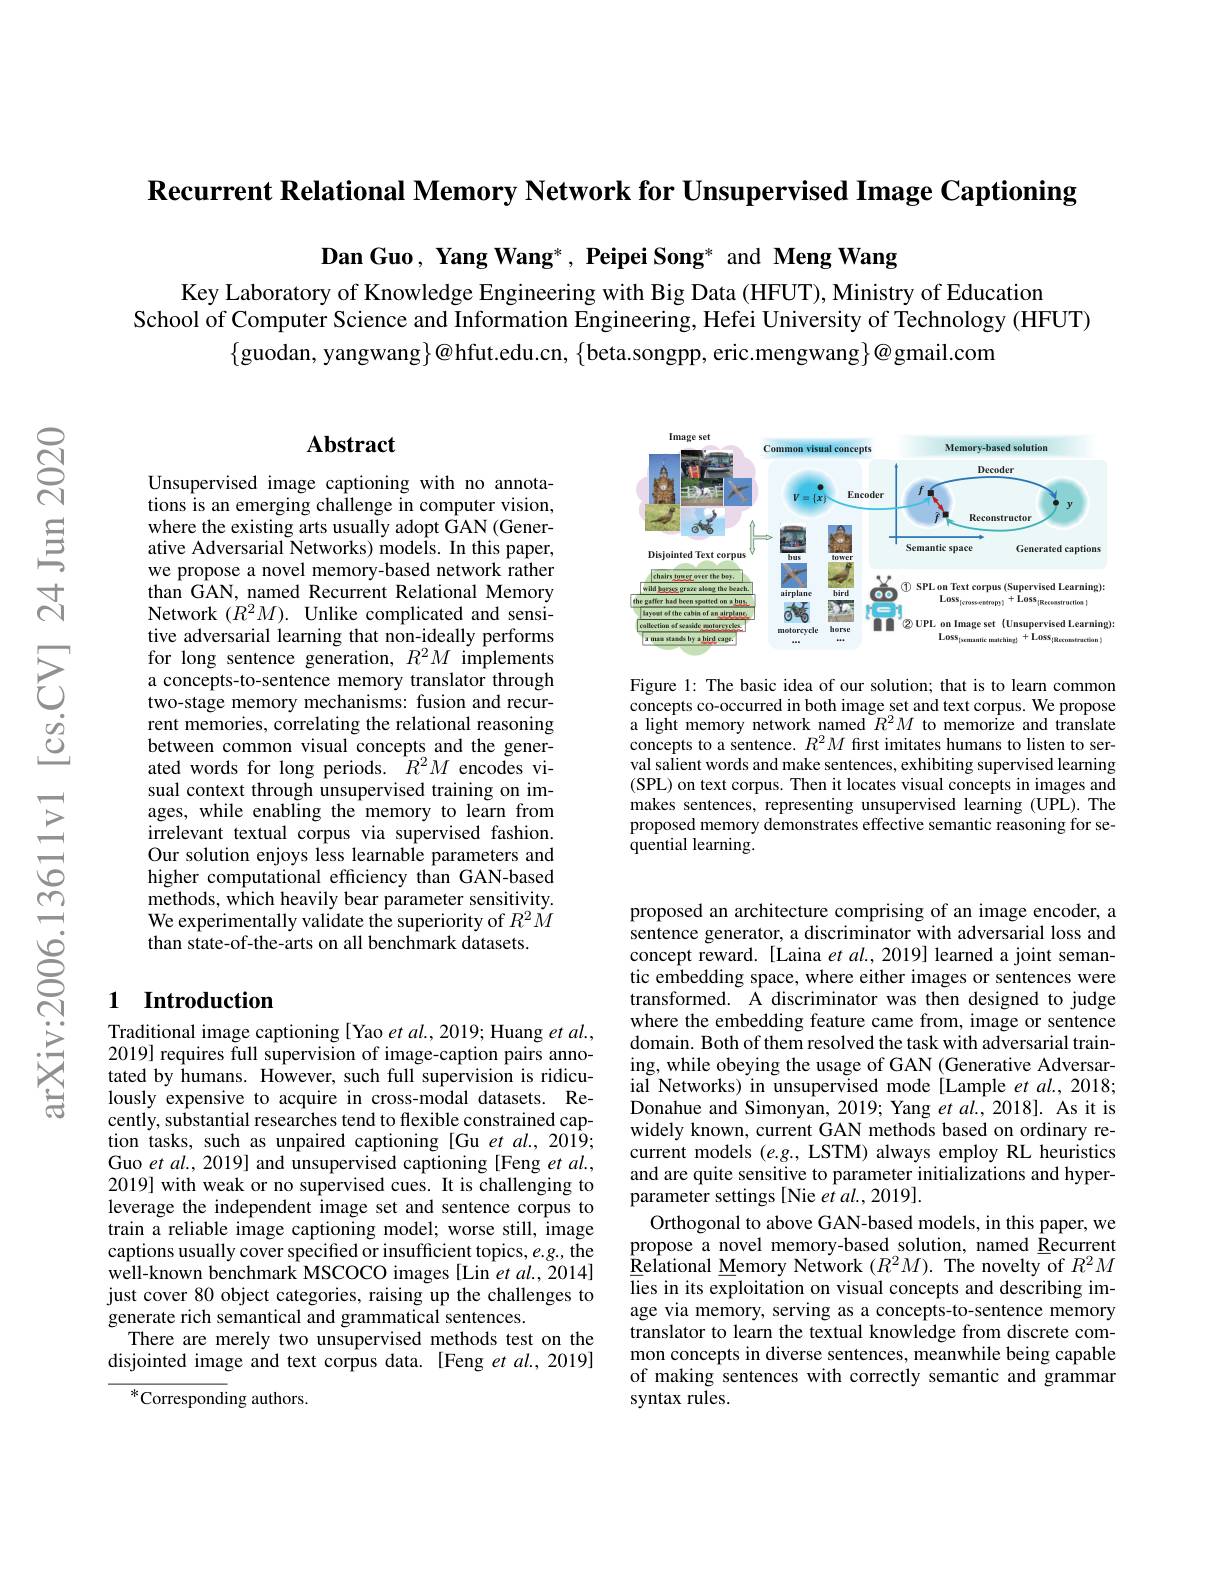
$\textbf{Recurrent Relational Memory Network for Unsupervised Image Captioning}$

Dan Guo, Yang Wang*, Peipei Song* and Meng Wang

Key Laboratory of Knowledge Engineering with Big Data (HFUT), Ministry of Education
School of Computer Science and Information Engineering, Hefei University of Technology (HFUT)
$\{$guodan, yangwang$\}@$hfut.edu.cn, $\{$beta.songpp, eric.mengwang$\}$@gmail.com

## $\mathbf{Abstract}$

Unsupervised image captioning with no annotations is an emerging challenge in computer vision, where the existing arts usually adopt GAN (Generative Adversarial Networks) models. In this paper, we propose a novel memory-based network rather than GAN, named Recurrent Relational Memory Network $(R^{2}M).$ Unlike complicated and sensitive adversarial learning that non-ideally performs for long sentence generation, $R^2M$ implements a concepts-to-sentence memory translator through two-stage memory mechanisms: fusion and recurrent memories, correlating the relational reasoning between common visual concepts and the generated words for long periods. $R^2M$ encodes visual context through unsupervised training on images, while enabling the memory to learn from irrelevant textual corpus via supervised fashion. Our solution enjoys less learnable parameters and higher computational efficiency than GAN-based methods, which heavily bear parameter sensitivity. We experimentally validate the superiority of $R^2\dot{M}$ than state-of-the-arts on all benchmark datasets.

### 1 Introduction

Traditional image captioning [Yao $etal.,2019;$ Huang $etal.$, 2019] requires full supervision of image-caption pairs annotated by humans. However, such full supervision is ridiculously expensive to acquire in cross-modal datasets. Recently, substantial researches tend to flexible constrained caption tasks, such as unpaired captioning [Gu et al., 2019; Guo et al., 2019] and unsupervised captioning [Feng et al., 2019] with weak or no supervised cues. It is challenging to leverage the independent image set and sentence corpus to train a reliable image captioning model; worse still, image captions usually cover specified or insufficient topics, e.g., the $\hat{\text{well-known benchmark MSCOCO images[Lin et al., 2014]}}$ just cover 80 object categories, raising up the challenges to generate rich semantical and grammatical sentences.
There are merely two unsupervised methods test on the disjointed image and text corpus data. [Feng et al., 2019]

$^*$Corresponding authors.

<FigureHere>

Figure 1: The basic idea of our solution; that is to learn common concepts co-occurred in both image set and text corpus. We propose a light memory network named $\tilde{R}^2M$ to memorize and translate concepts to a sentence. $R^2M$ first imitates humans to listen to serval salient words and make sentences, exhibiting supervised learning (SPL) on text corpus. Then it locates visual concepts in images and makes sentences, representing unsupervised learning (UPL). The proposed memory demonstrates effective semantic reasoning for sequential learning.

proposed an architecture comprising of an image encoder, a sentence generator, a discriminator with adversarial loss and concept reward. [Laina $et\textit{al. , 2019] learned a joint seman- }$ tic embedding space, where either images or sentences were transformed. A discriminator was then designed to judge where the embedding feature came from, image or sentence domain. Both of them resolved the task with adversarial training, while obeying the usage of GAN (Generative Adversarial Networks) in unsupervised mode[Lample et al., 2018; Donahue and Simonyan, 2019; Yang et $al.,2018].$ As it is widely known, current GAN methods based on ordinary recurrent models $(e.g.$, LSTM) always employ RL heuristics and are quite sensitive to parameter initializations and hyperparameter settings[Nie et $al.,2019].$
Orthogonal to above GAN-based models, in this paper, we propose a novel memory-based solution, named Recurrent $\underline{\text{Relational Memory Network }}(R^{2}M).$The novelty of $R^{2}M$ lies in its exploitation on visual concepts and describing image via memory, serving as a concepts-to-sentence memory translator to learn the textual knowledge from discrete common concepts in diverse sentences, meanwhile being capable of making sentences with correctly semantic and grammar syntax rules.